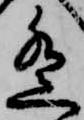
遙